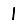
Digit: 1